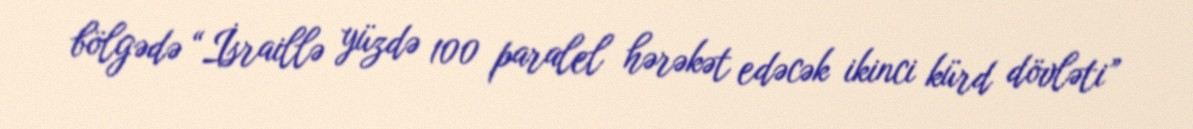
bölgədə “İsraillə yüzdə 100 paralel hərəkət edəcək ikinci kürd dövləti”